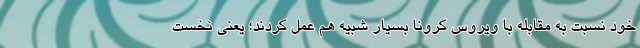
خود نسبت به مقابله با ویروس کرونا بسیار شبیه هم عمل کردند؛ یعنی نخست